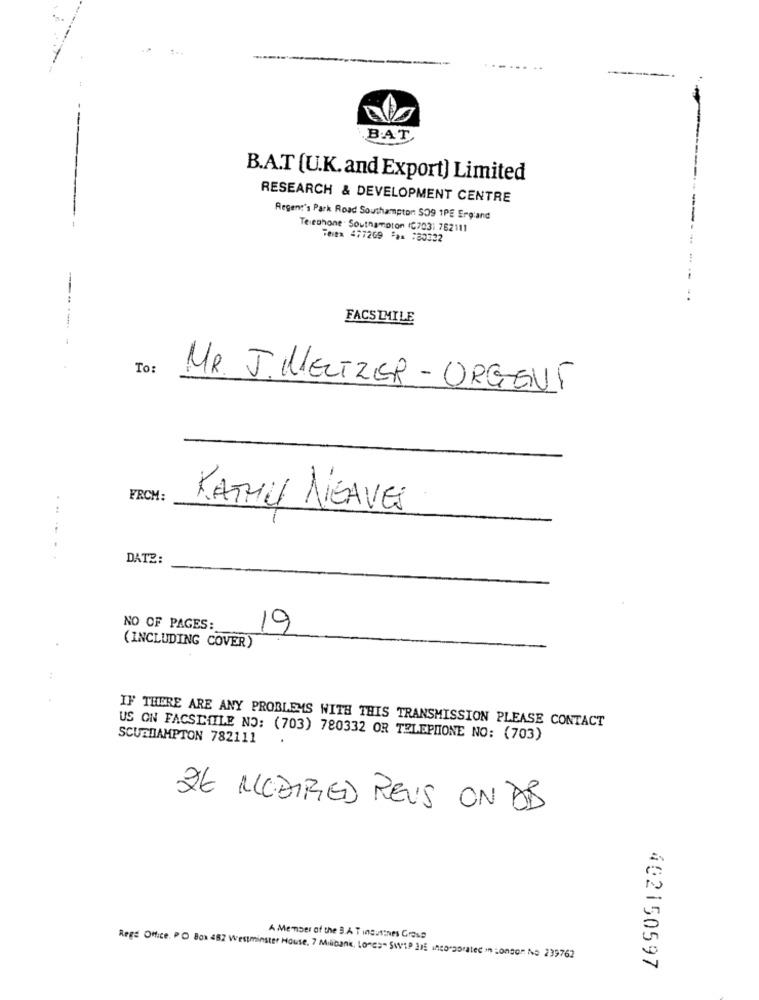
-----
BAT
B.A.T (U.K. and Export) Limited
RESEARCH & DEVELOPMENT CENTRE
Regent's Park Road Southampton 509 1PE Ergiand
--
Telephone: Southampton (C703) 762111
Teie 477269 *** : 80332
-.
FACSIMILE
To
MR. J.MELTZER-URGENT
FRCM:
KATHY NEAVES
DATE:
NO OF PAGES:
19
(INCLUDING COVER)
IF THERE ARE ANY PROBLEMS WITH THIS TRANSMISSION PLEASE CONTACT
SCURDAMPTON 782111
US ON FACSLITLE NO: (703) 780332 OR TELEPHONE NO: (703)
26 MEDIRED REUS ON DD
A Member of the B.A T insutines Grass
Rege Office. PO Box 482 Westminster House, 7 Milibank, Lones- SwiP I15 incorporated in Longor NNo 239762
402150597